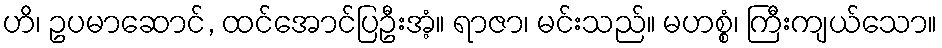
ဟိ၊ ဥပမာဆောင်, ထင်အောင်ပြဦးအံ့။ ရာဇာ၊ မင်းသည်။ မဟစ္စံ၊ ကြီးကျယ်သော။